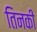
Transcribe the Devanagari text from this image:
तिनकी